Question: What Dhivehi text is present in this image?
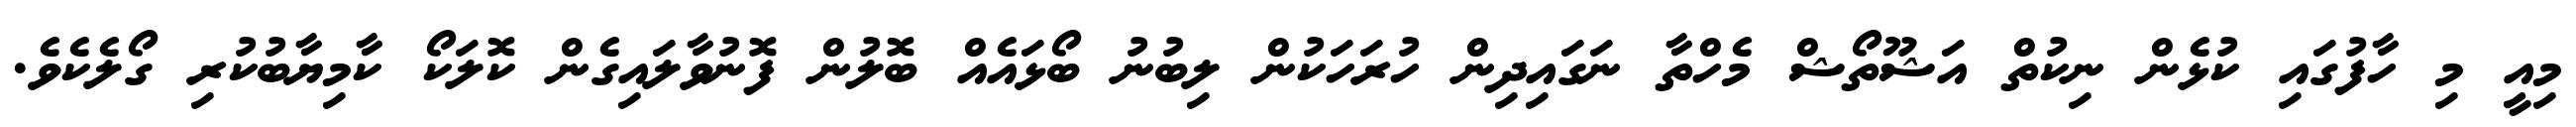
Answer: މިއީ މި ހާފުގައި ކުޅެން ނިކުތް އަޝޫތޯޝް މެހްތާ ނަގައިދިން ހުރަހަކުން ލިބުނު ބޯޅައެއް ބޮލުން ފޮނުވާލައިގެން ކޮލަކޯ ކާމިޔާބުކުރި ގޯލެކެވެ.